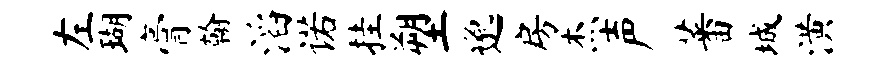
左瑚膏翰滔诺挂塑邈房杰声蕃城潢